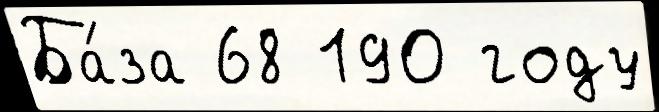
Ба́за 68 190 году